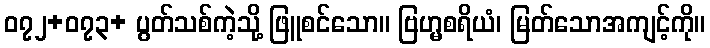
၀၇၂+၀၇၃+ ပွတ်သစ်ကဲ့သို့ ဖြူစင်သော။ ဗြဟ္မစရိယံ၊ မြတ်သောအကျင့်ကို။